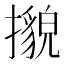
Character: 𢷕